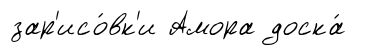
зар'исо́вк'и Амора доска́